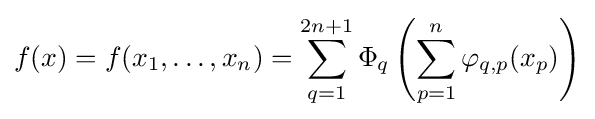
f(x)=f(x_{1},\dots ,x_{n})=\sum _{q=1}^{2n+1}\Phi _{q}\left(\sum _{p=1}^{n}\varphi _{q,p}(x_{p})\right)